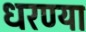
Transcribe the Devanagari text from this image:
धरण्या